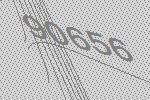
90656